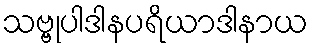
သဗ္ဗုပါဒါနပရိယာဒါနာယ